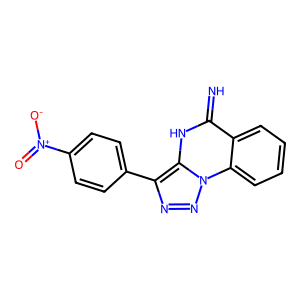
SMILES: N=c1[nH]c2c(-c3ccc([N+](=O)[O-])cc3)nnn2c2ccccc12
Inhibits HIV replication: No